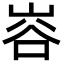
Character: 𭖦